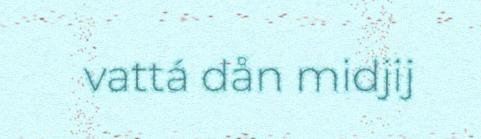
vattá dån midjij